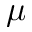
\mu